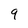
Character: 9